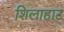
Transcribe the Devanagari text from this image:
शिलाहाट